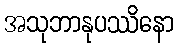
အသုဘာနုပဿိနော